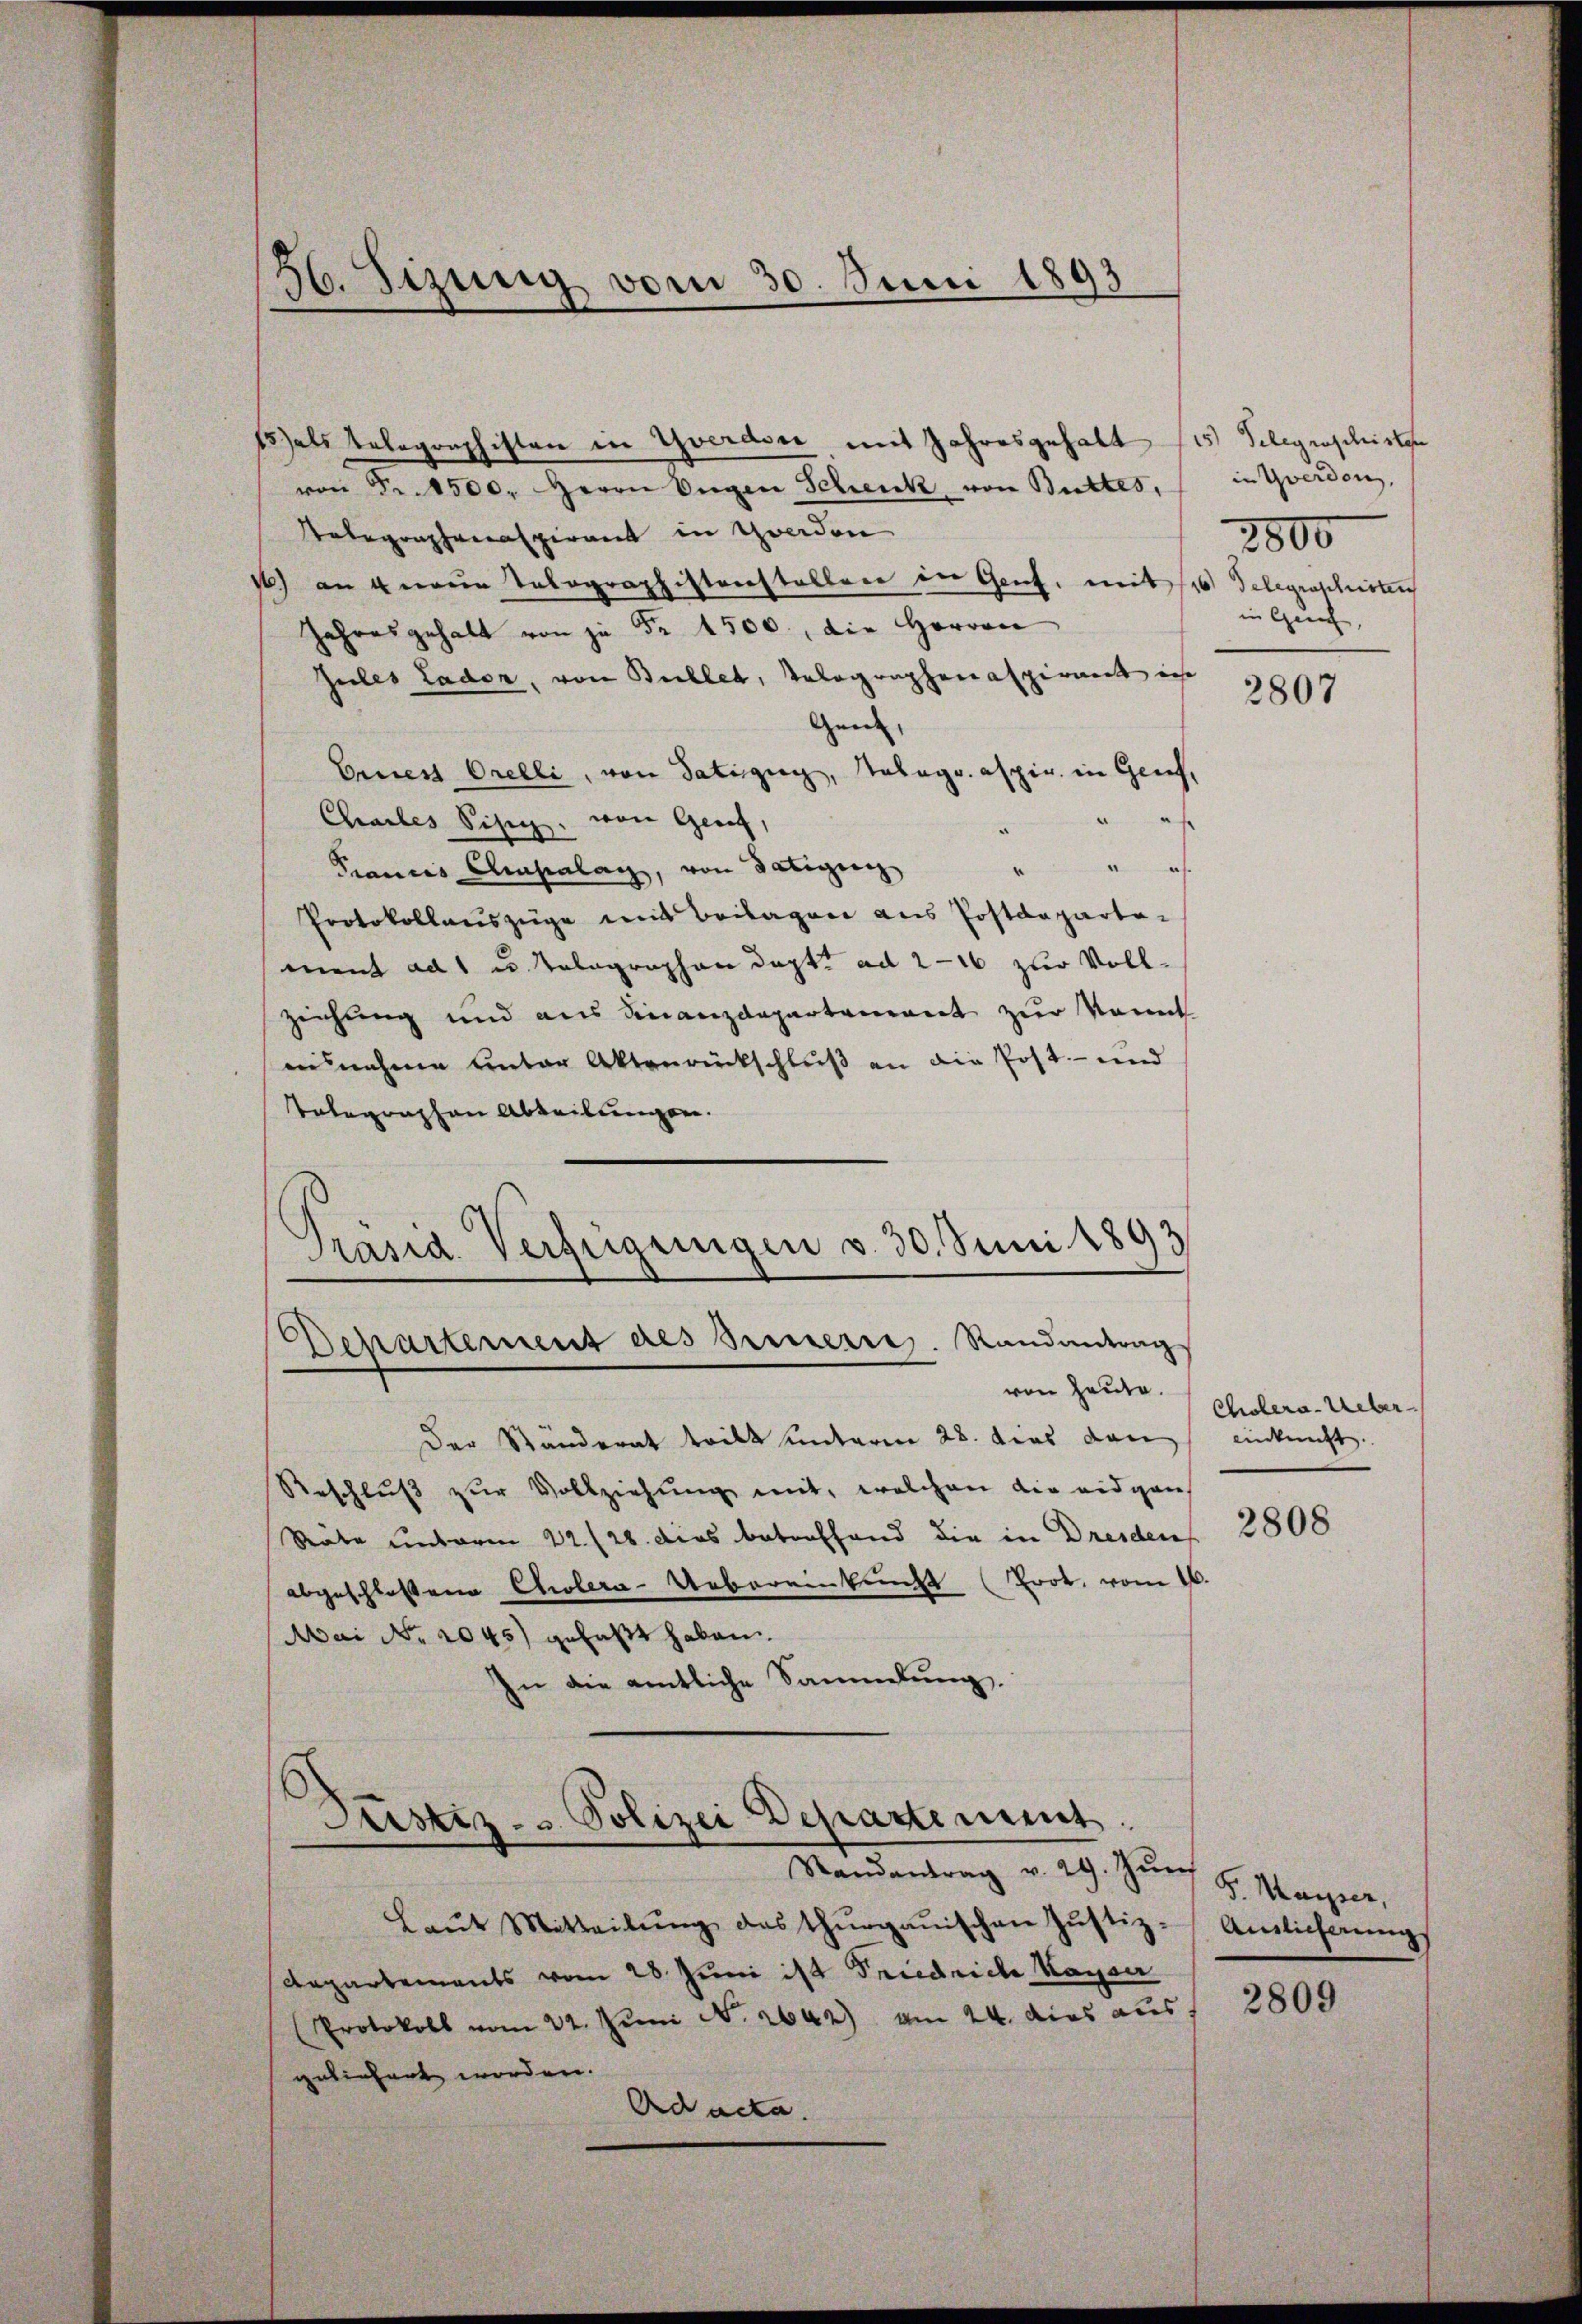
2
36. Sizung vom 30. Juni 1893

1 als Telegraphisten in Yverdon mit Jahresgehalt (es Telegraschirten
von Fr. 1500. Herrn Ungen Schenk, von Buttes,
Telegraphenaspirant in Yverden
1) an 4 neue Talographistenstellen in Genf, mit 6 Telegraphister
Jahresgehalt von zu Fr. 4500, die Herren
Zuiles Laden, von Billet, Velographenaspirant in
Gen. |
Ernest Orelli, von Satingeg, Salagr. aspir in Genf,
Chailes Sisig von Genf,
¬
Prances Archialag, von Datigung
Protokollauszüge mit Beilagen aus Postdepartement ad 1 u. Talagraphen dapt. ad 2—16 zur Vollziehung und aus Finanzdepartement zur kannt
annahme unter Aktenrückschlŭβ an die Post- und
Telegraphen Abteilungen.
Präsid. Verfügungen v. 30. Juni 1893
Departement des Sinnern. Randantrag
von heute.
Der Ständerat teilt unterm 28. dies dan einkunft.
Reschlŭβ zŭr Vollziehŭng mit, welchen die eidgan
Räte unterm 22. 28. dies betreffend die in Dreiden 2808
abgeschlossene Cholera-Uebereinkunft (Prot, vom 16.
Mai No 2045) gefaßt haben.
In die amtliche Sammlung.

Justiz- & Polizei Departement.
Randantrag v. 29. Zŭrf S. Mayer,

Laŭt Mitteilŭng des Thŭrgaŭischen Jŭstiz-Amlicherŭngs
Aepartements vom 28. Juni ist Friedriche Kayser
Protokoll vom 22. Juni N. 2642) am 24. dies aus
gelinhart worden.
Ad acta.

in Yverden,
2800
in Gerich,

2807

Cholera-Ueber

2809